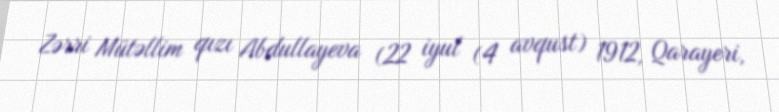
Zərri Mütəllim qızı Abdullayeva (22 iyul (4 avqust) 1912, Qarayeri,